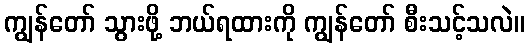
ကျွန်တော် သွားဖို့ ဘယ်ရထားကို ကျွန်တော် စီးသင့်သလဲ။